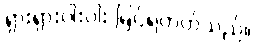
ရှားရှားပါးပါး မြင်ရတတ်သည်။